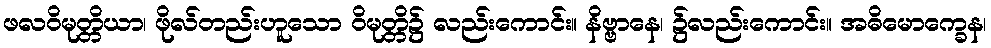
ဖလဝိမုတ္တိယာ၊ ဖိုလ်တည်းဟူသော ဝိမုတ္တိ၌ လည်းကောင်း။ နိဗ္ဗာနေ၊ ၌လည်းကောင်း။ အဓိမောက္ခေန၊